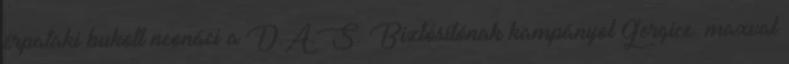
érpataki bukott neonáci a D.A.S. Biztósítónak kampányol Gergice: maxval